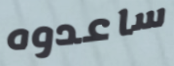
ساعدوه